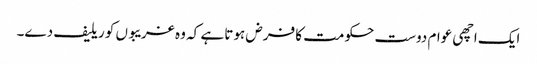
ایک اچھی عوام دوست حکومت کا فرض ہوتا ہے کہ وہ غریبوں کو ریلیف دے۔